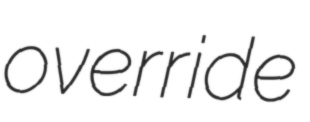
override